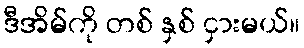
ဒီအိမ်ကို တစ် နှစ် ငှားမယ်။